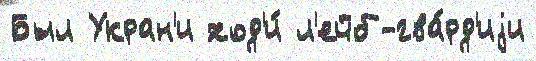
Был Укран'и ход'и́ л'ейб-гва́рд'иjи